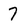
Character: 7